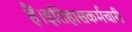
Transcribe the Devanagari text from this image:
हैं।इतिहासकर्मचारी